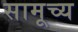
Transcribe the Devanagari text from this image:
सामूच्य